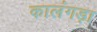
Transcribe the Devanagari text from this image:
कालंगड़ा